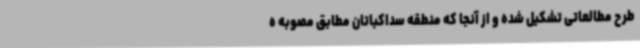
طرح مطالعاتی تشکیل شده و از آنجا که منطقه سداکباتان مطابق مصوبه ه